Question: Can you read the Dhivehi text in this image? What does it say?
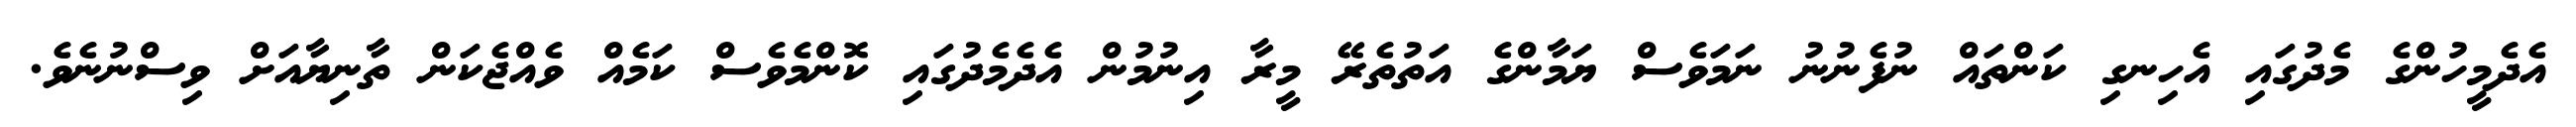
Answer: އެދެމީހުންގެ މެދުގައި އެހިނގި ކަންތައް ނުފެނުނު ނަމަވެސް ޔަމާންގެ އަތުތެރޭ މީރާ އިނުމުން އެދެމެދުގައި ކޮންމެވެސް ކަމެއް ވެއްޖެކަން ތާނިޔާއަށް ވިސްނުނެވެ.